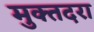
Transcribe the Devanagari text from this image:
मुक्तदरा